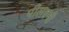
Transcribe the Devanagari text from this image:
पीलवनी